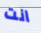
انت